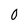
Character: 0